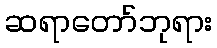
ဆရာတော်ဘုရား